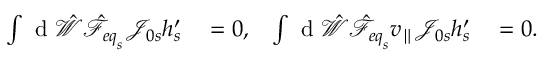
\begin{array} { r l r l } { \int \mathrm { ~ d ~ } \hat { \mathcal { W } } \hat { \mathcal { F } } _ { { e q } _ { s } } \mathcal { J } _ { 0 s } h _ { s } ^ { \prime } } & { { } = 0 , } & { \int \mathrm { ~ d ~ } \hat { \mathcal { W } } \hat { \mathcal { F } } _ { { e q } _ { s } } v _ { \parallel } \mathcal { J } _ { 0 s } h _ { s } ^ { \prime } } & { { } = 0 . } \end{array}